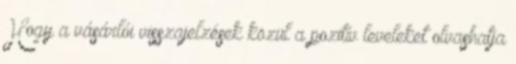
Hogy a vásárlói visszajelzések közül a pozitív leveleket olvashatja